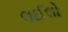
લઈલો